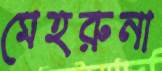
মেহরুনা